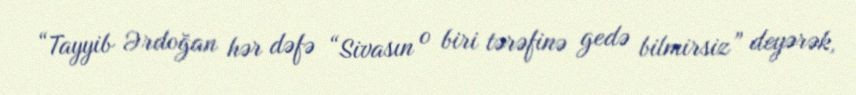
“Tayyib Ərdoğan hər dəfə “Sivasın o biri tərəfinə gedə bilmirsiz” deyərək,